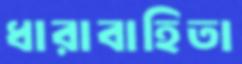
ধারাবাহিতা